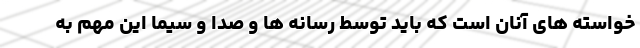
خواسته های آنان است که باید توسط رسانه ها و صدا و سیما این مهم به